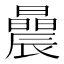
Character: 曟